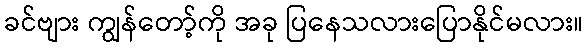
ခင်ဗျား ကျွန်တော့်ကို အခု ပြနေသလားပြောနိုင်မလား။